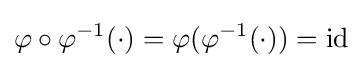
\varphi \circ \varphi ^{-1}(\cdot )=\varphi (\varphi ^{-1}(\cdot ))={\rm {id}}